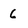
Character: 6